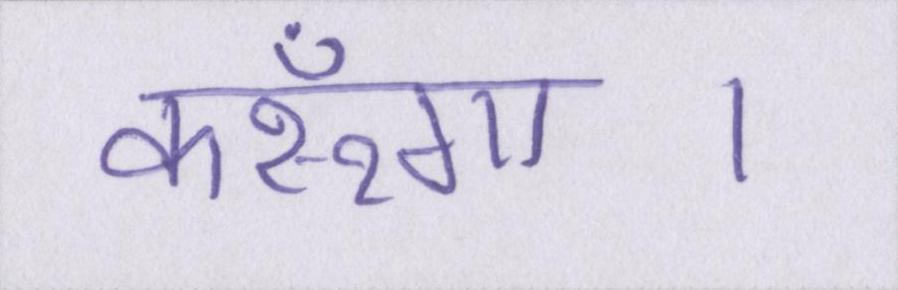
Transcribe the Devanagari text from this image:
करूँगा।